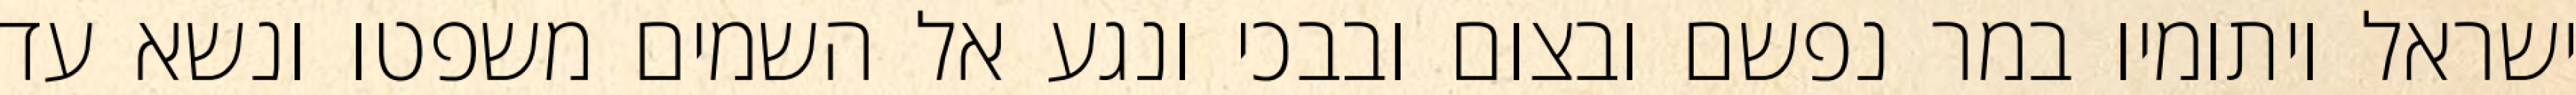
ישראל ויתומיו במר נפשם ובצום ובבכי ונגע אל השמים משפטו ונשא עד